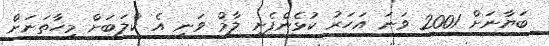
ބަޔާނަށް 2001 ވަނަ އަހަރު ކުޅެންފެށި ލާމް ވަނީ އެ ކްލަބަށް މިހާތަނަށް